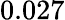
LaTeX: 0.027